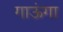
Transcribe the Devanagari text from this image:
गाऊंगा